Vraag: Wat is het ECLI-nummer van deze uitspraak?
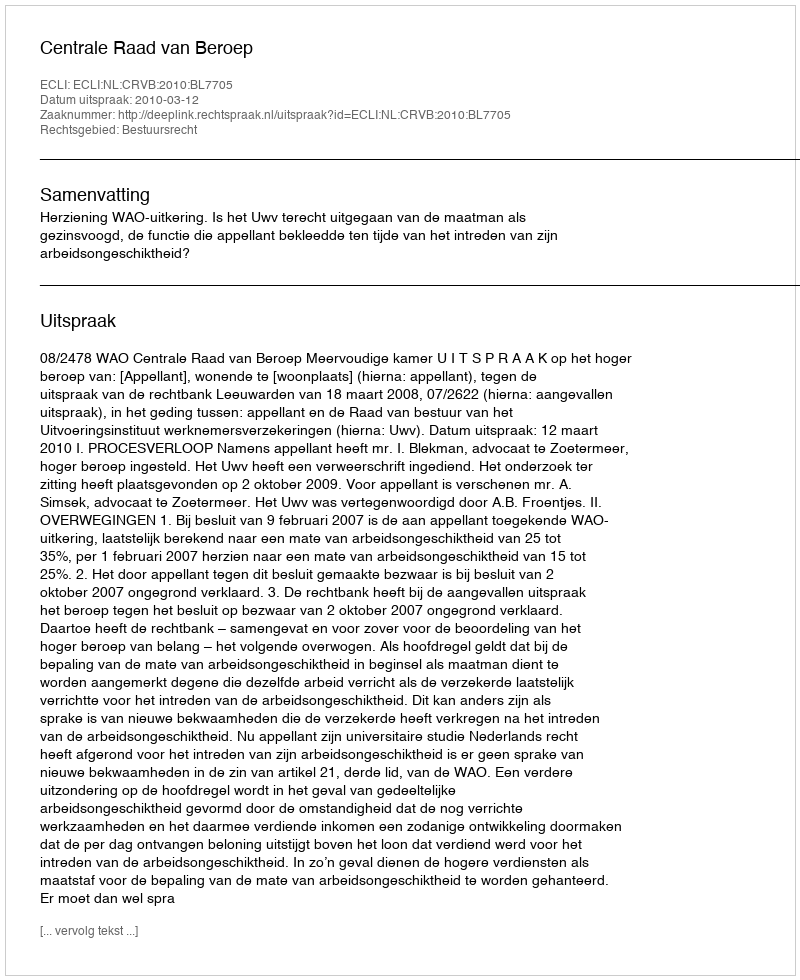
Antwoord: ECLI:NL:CRVB:2010:BL7705